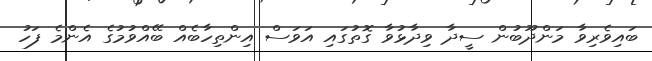
ބައިވެރިވާ މަންދޫބުން ސީދާ ވިދާޅުވާ ގޮތުގައި އަވަސް އިންތިހާބެއް ބޭއްވުމުގެ އެންމެ ފަހު